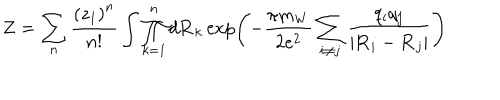
LaTeX: Z = \sum _ { n } { \frac { \left( z _ { 1 } \right) ^ { n } } { n ! } } \int \prod _ { k = 1 } ^ { n } d { \bf R } _ { k } \exp \left( - { \frac { \pi m _ { W } } { 2 e ^ { 2 } } } \sum _ { i \not = j } { \frac { q _ { i } q _ { j } } { \vert { \bf R } _ { i } - { \bf R } _ { j } \vert } } \right)